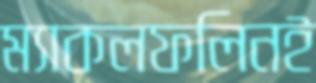
ম্যাকলফলিনই